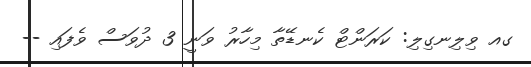
ގއ ވިލިނގިލި: ކަރަންޓް ކެނޑޭތާ މިހާރު ވަނީ 3 ދުވަސް ވެފައި --